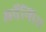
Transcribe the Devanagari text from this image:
अर्वेन्सिस